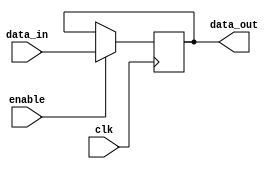
module registro(
    input [9:0] data_in,
    input enable,
    input clk,
    output reg[9:0] data_out
    );
    initial data_out = 0;
    
    always @(posedge clk)
    if (enable == 1)
        data_out = data_in;
    else
        data_out = data_out;
endmodule